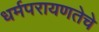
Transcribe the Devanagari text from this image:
धर्मपरायणतेचे